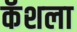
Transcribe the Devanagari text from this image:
कॅशला